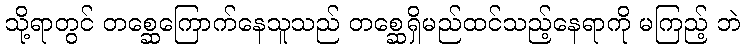
သို့ရာတွင် တစ္ဆေကြောက်နေသူသည် တစ္ဆေရှိမည်ထင်သည့်နေရာကို မကြည့် ဘဲ